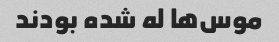
موس‌ها له شده بودند